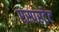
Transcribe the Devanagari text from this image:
एस्परटेट